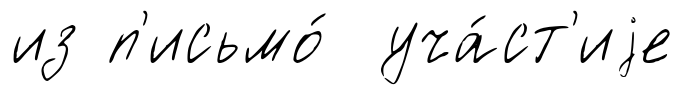
из п'исьмо́ уча́ст'иjе